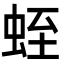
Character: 蛭